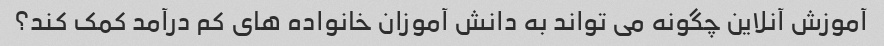
آموزش آنلاین چگونه می تواند به دانش آموزان خانواده های کم درآمد کمک کند؟